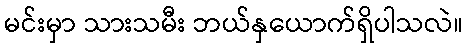
မင်းမှာ သားသမီး ဘယ်နှယောက်ရှိပါသလဲ။